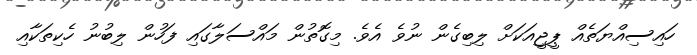
ހައިސިއްޔަތެއް ޕީޖީއަކަށް ލިބިގެން ނުވެ އެވެ. މިގޮތުން މައްސަލާގައި ފަހުން ލިބުނު ހެކިތަކާއި